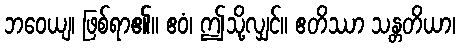
ဘဝေယျ၊ ဖြစ်ရာ၏။ ဧဝံ၊ ဤသို့လျှင်။ ဧတိဿာ သန္တတိယာ၊